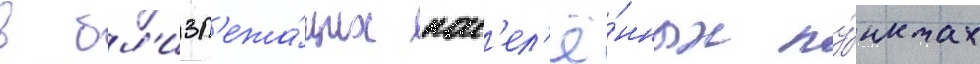
в бл'изл'ежа́щих нас'ел'ё́нных пу́нктах